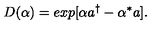
D ( \alpha ) = e x p [ \alpha a ^ { \dag } - \alpha ^ { * } a ] .